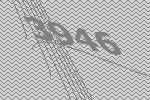
3946